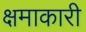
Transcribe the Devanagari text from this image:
क्षमाकारी